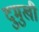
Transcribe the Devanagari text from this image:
दुमुखी